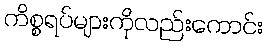
ကိစ္စရပ်များကိုလည်းကောင်း